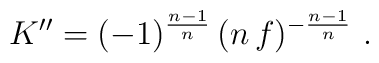
K'' = (-1)^{\frac{n-1}{n}}\,(n\,f)^{-\frac{n-1}{n}}\ .